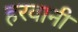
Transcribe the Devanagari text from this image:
हरवानी